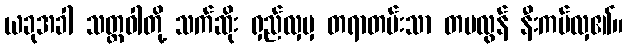
ယခုအခါ သတ္တဝါတို့ သက်ဆိုး ရှည်လှမှ တရာတမ်းသာ တမလွန် နီးကပ်လှ၏။